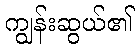
ကျွန်းဆွယ်၏